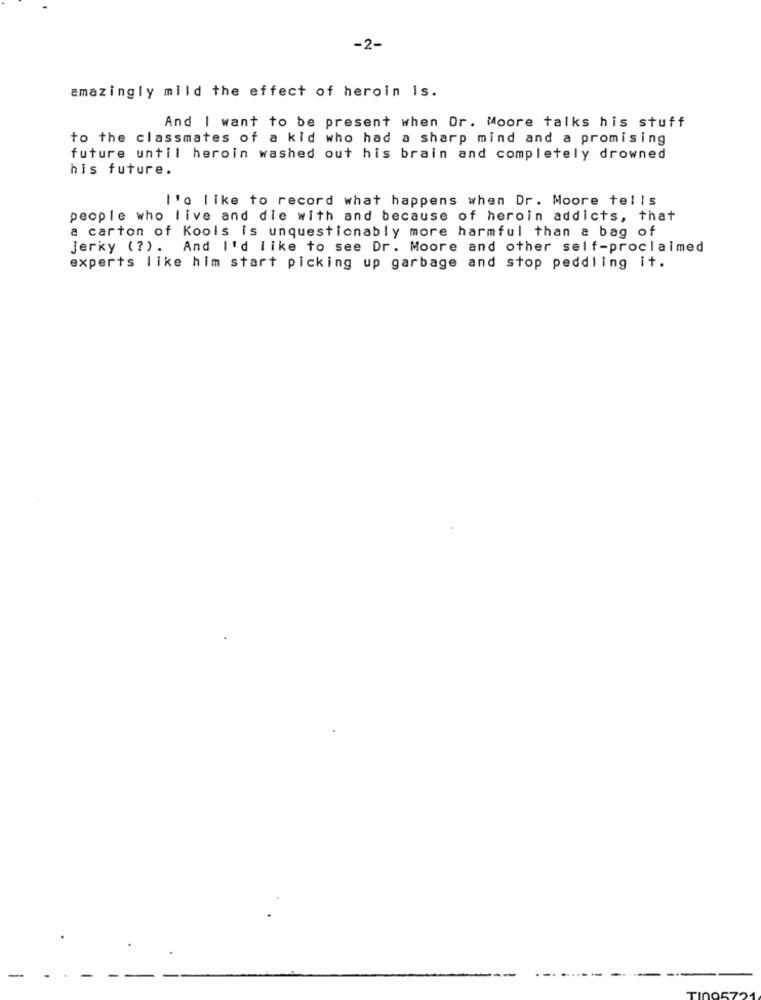
-2-
amazingly mild the effect of heroin is.
And I want to be present when Or. Moore talks his stuff
to the classmates of a kid who had a sharp mind and a promising
future until heroin washed out his brain and completely drowned
his future.
l'o like to record what happens when Dr. Moore tells
people who live and die with and because of heroin addicts, that
a carton of Kools is unquestionably more harmful than a bag of
jerky (?).
And I'd like to see Dr. Moore and other self-proclaimed
experts like him start picking up garbage and stop peddling it.